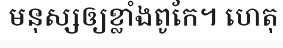
មនុស្សឲ្យខ្លាំងពូកែ។ ហេតុ